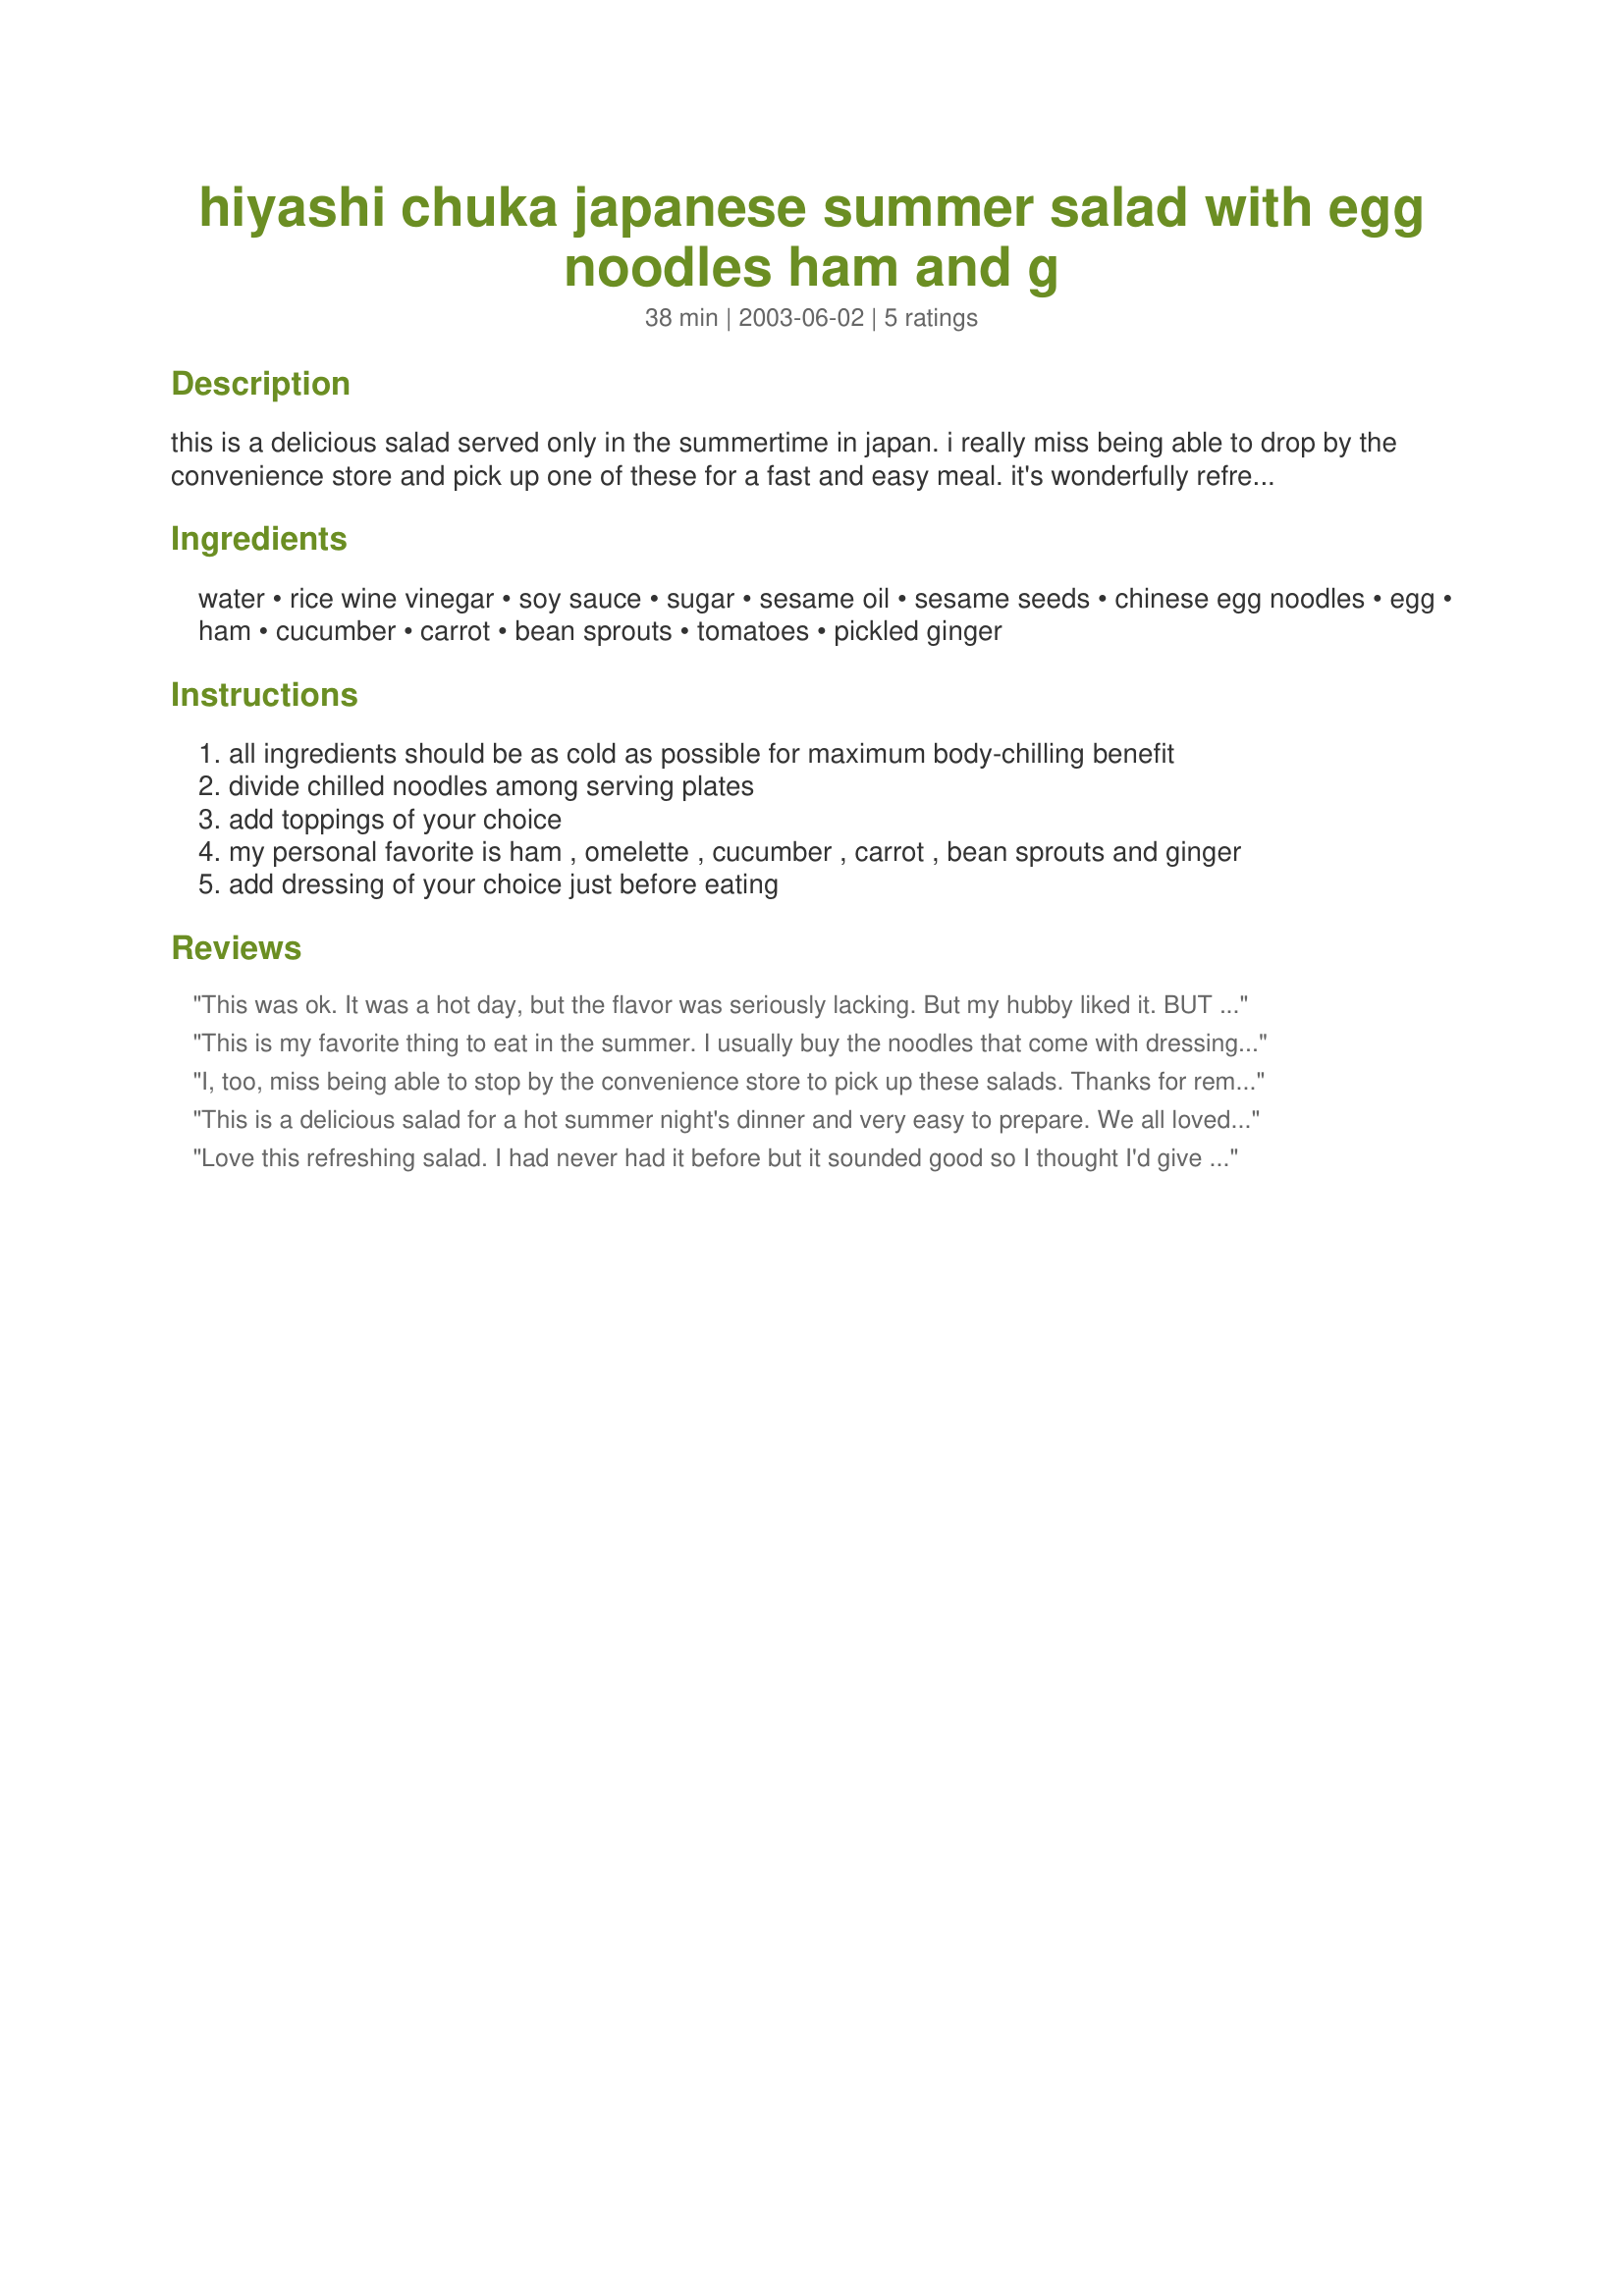
hiyashi chuka japanese summer salad with egg noodles ham and g
Preparation time: 38 minutes

this is a delicious salad served only in the summertime in japan. i really miss being able to drop by the convenience store and pick up one of these for a fast and easy meal. it's wonderfully refreshing, especially when there's no air conditioning available. cook time refers to boiling noodles.

Ingredients:
water, rice wine vinegar, soy sauce, sugar, sesame oil, sesame seeds, chinese egg noodles, egg, ham, cucumber, carrot, bean sprouts, tomatoes, pickled ginger

Steps:
all ingredients should be as cold as possible for maximum body-chilling benefit
divide chilled noodles among serving plates
add toppings of your choice
my personal favorite is ham , omelette , cucumber , carrot , bean sprouts and ginger
add dressing of your choice just before eating

Reviews:
This was ok. It was a hot day, but the flavor was seriously lacking. But my hubby liked it. BUT he added Gyoza sauce to give it more flavor.
This is my favorite thing to eat in the summer. I usually buy the noodles that come with dressing but this time I had noodles but no dressing. Zaar to the rescue! We liked both dressings in this recipe, though I was surprised at the difference in yields. I also used the stock from poaching the chicken instead of water. An even more strongly flavored stock could also be used, I think. We had chicken, cucumber, tomato, egg, ginger and shiitake cooked in soy sauce and sugar over the noodles, and ate our salads with hot Asian mustard. Thank you very much for this recipe.
I, too, miss being able to stop by the convenience store to pick up these salads. Thanks for reminding me that I can make these myself!
This is a delicious salad for a hot summer night's dinner and very easy to prepare. We all loved it. My daughter, who is very hard to please when it comes to salads, has begged me to make this salad for the second time this week. I used thinly sliced strips of turkey ham, cucumber, carrots and tomatoes over the noodles and made both dressings. The Sesame dressing seemed to be the favorite in our family. Yum! Thanks for sharing.
Love this refreshing salad. I had never had it before but it sounded good so I thought I'd give it a try. It's now one of my favorites! Thank you for posting.
